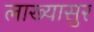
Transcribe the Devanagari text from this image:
लाख्यासुर